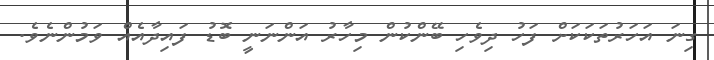
ގިނަ އަހަރުތަކަކަށް ފަހު ދިވެހި ބޭންކުން މިހާރު އަންނަނީ ބޮޑު ފައިދާއެއް ވަމުންނެވެ.